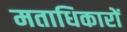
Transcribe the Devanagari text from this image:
मताधिकारों